NAE_ERA_R-2362_Emakeele_Selts, lk 41
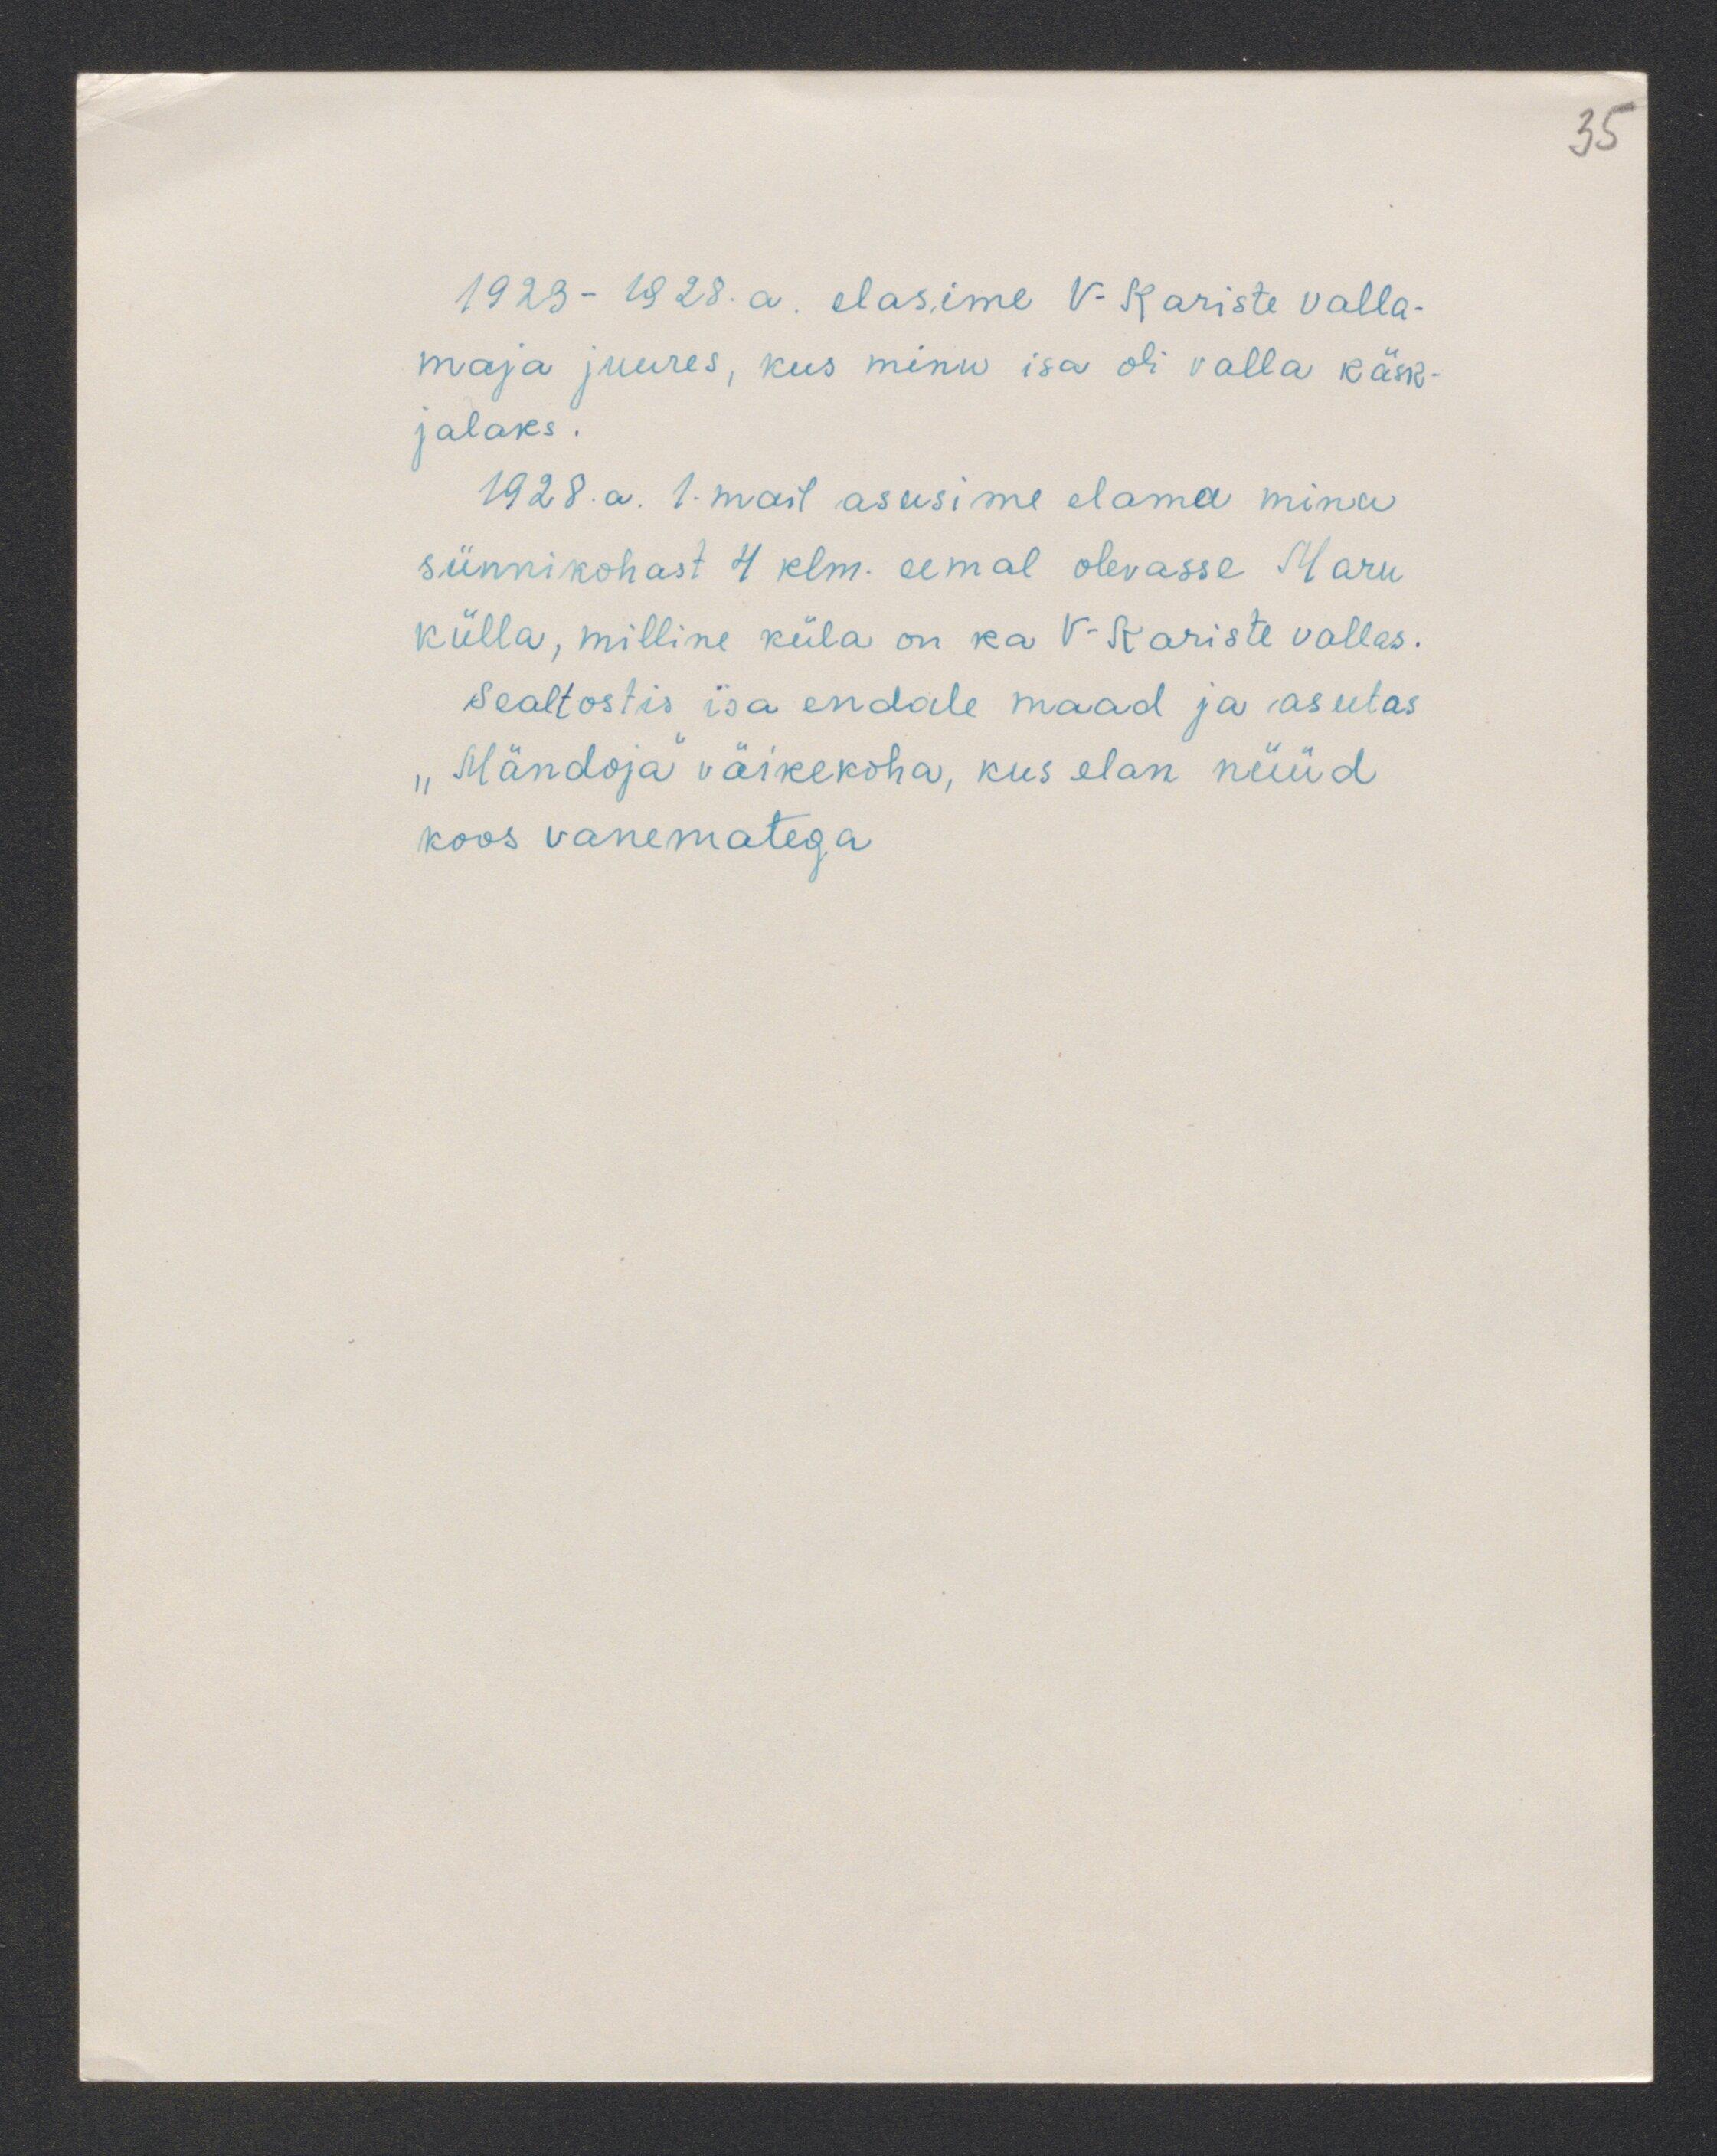
35

1923-1928.a. elasime V-Kariste valla-
maja juures, kus minu isa oli valla käsk-
jalaks.
1928. a. 1 mail asusime elama minu
sünnikohast 4 klm. eemal olevasse Maru
külla, milline küla on ka V-Kariste vallas.
Sealt ostis isa endale maad ja asutas
„Mändoja" väikekoha, kus elan nüüd
koos vanematega.